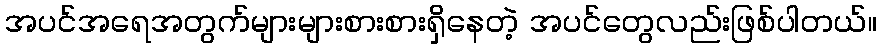
အပင်အရေအတွက်များများစားစားရှိနေတဲ့ အပင်တွေလည်းဖြစ်ပါတယ်။